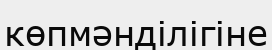
көпмәнділігіне